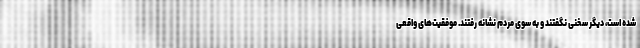
شده است، دیگر سخنی نگفتند و به سوی مردم نشانه رفتند. موفقیت‌های واقعی